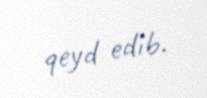
qeyd edib.